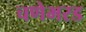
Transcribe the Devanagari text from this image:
चणेभरड